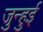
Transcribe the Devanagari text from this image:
जुन्हुई